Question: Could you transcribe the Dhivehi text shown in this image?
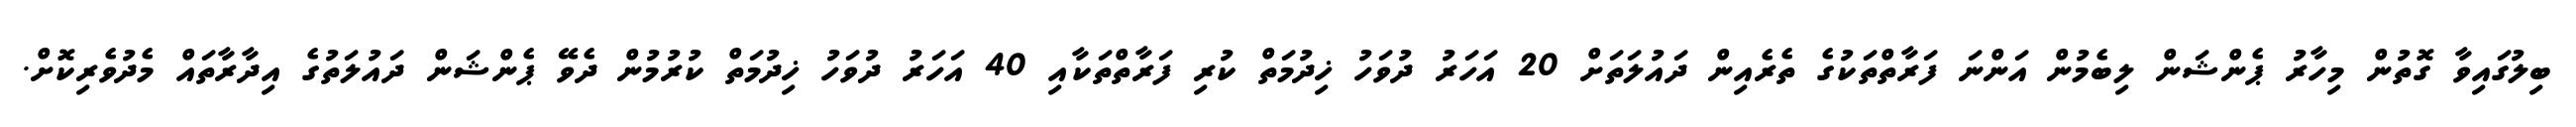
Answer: ބިލުގައިވާ ގޮތުން މިހާރު ޕެންޝަން ލިބެމުން އަންނަ ފަރާތްތަކުގެ ތެރެއިން ދައުލަތަށް 20 އަހަރު ދުވަހު ޚިދުމަތް ކުރި ފަރާތްތަކާއި 40 އަހަރު ދުވަހު ޚިދުމަތް ކުރުމުން ދެވޭ ޕެންޝަން ދައުލަތުގެ އިދާރާތައް މެދުވެރިކޮށް.